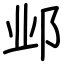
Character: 邺